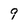
Character: 9